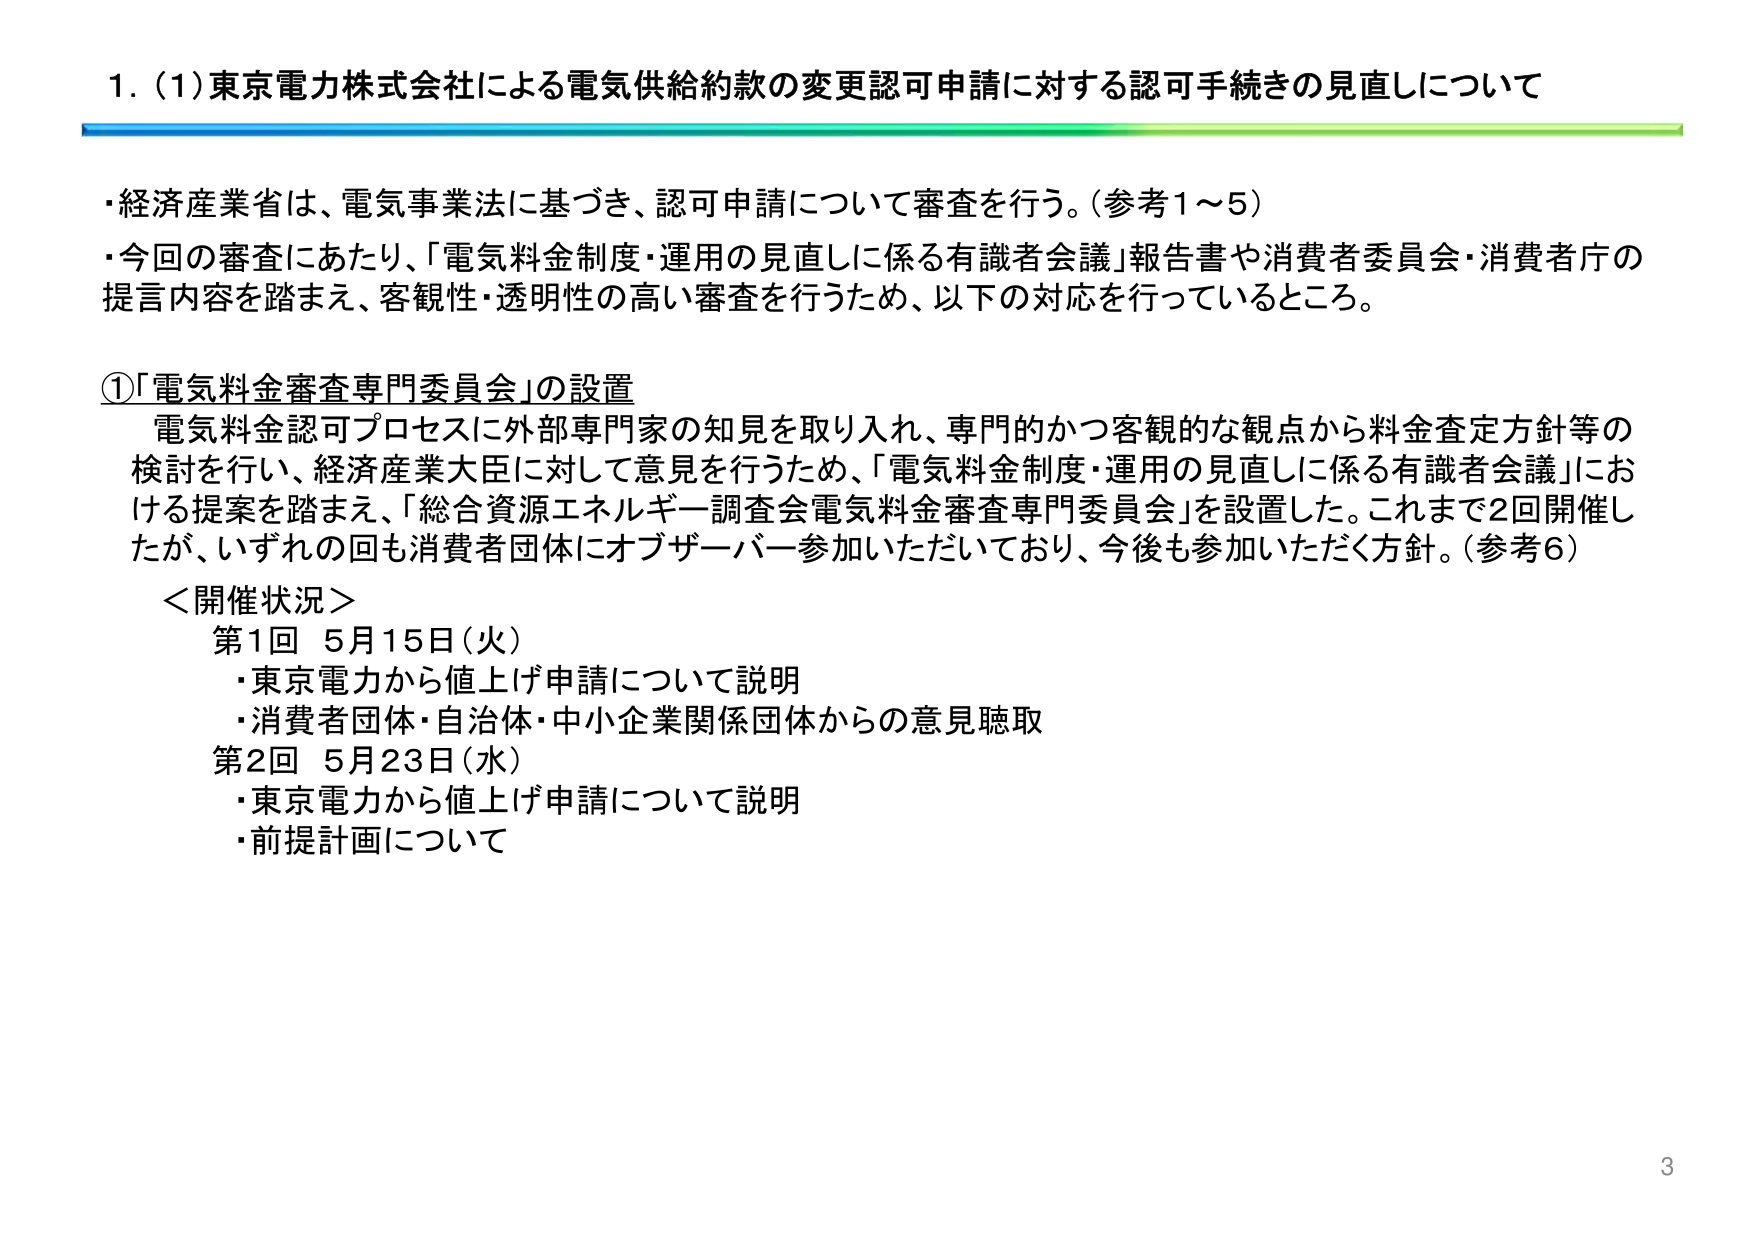
1. (1) 東京電力株式会社による電気供給約款の変更認可申請に対する認可手続きの見直しについて

・経済産業省は、電気事業法に基づき、認可申請について審査を行う。（参考1～5）
・今回の審査にあたり、「電気料金制度・運用の見直しに係る有識者会議」報告書や消費者委員会・消費者庁の提言内容を踏まえ、客観性・透明性の高い審査を行うため、以下の対応を行っているところ。

①「電気料金審査専門委員会」の設置
電気料金認可プロセスに外部専門家の知見を取り入れ、専門的かつ客観的な観点から料金査定方針等の検討を行い、経済産業大臣に対して意見を行うため、「電気料金制度・運用の見直しに係る有識者会議」における提案を踏まえ、「総合資源エネルギー調査会電気料金審査専門委員会」を設置した。これまで2回開催したが、いずれの回も消費者団体にオブザーバー参加いただいており、今後も参加いただく方針。（参考6）

＜開催状況＞
第1回 5月15日（火）
・東京電力から値上げ申請について説明
・消費者団体・自治体・中小企業関係団体からの意見聴取
第2回 5月23日（水）
・東京電力から値上げ申請について説明
・前提計画について

3